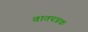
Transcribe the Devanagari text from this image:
वातपत्रक